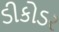
ડીકોડર